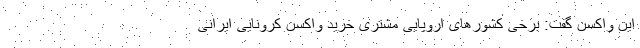
این واکسن گفت: برخی کشورهای اروپایی مشتری خرید واکسن کرونایی ایرانی